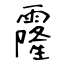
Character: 霳